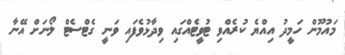
މައުމޫން ހަމީދު އިއްޔެ ކުރެއްވި ޓުވީޓެއްގައި ވިދާޅުވެފައި ވަނީ ގެޓްސެޓް ލޯނަށް އޭނާ